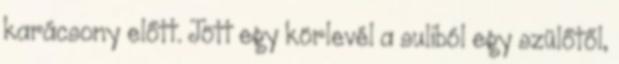
karácsony előtt. Jött egy körlevél a suliból egy szülőtől,